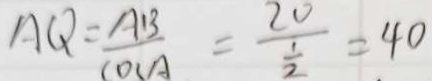
A Q = \frac { A B } { \cos A } = \frac { 2 0 } { \frac { 1 } { 2 } } = 4 0